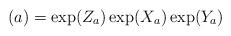
LaTeX: \begin{align*} (a)= \exp(Z_a)\exp(X_a)\exp(Y_a)\end{align*}